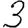
Digit: 3